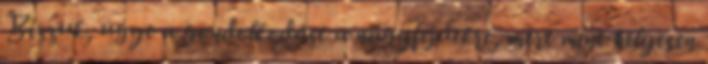
Bízzuk, ugye a gondolkodást a nagyfejűekre, mert mint helyesen